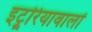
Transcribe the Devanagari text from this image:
इट्रूरियावालों